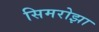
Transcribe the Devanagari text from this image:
सिमरोझा